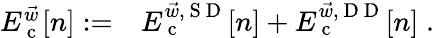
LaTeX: \begin{array}{rl}{E_{\mathrm{~c~}}^{\vec{w}}[n]:=}&{{}E_{\mathrm{~c~}}^{\vec{w},{\mathrm{~S~D~}}}[n]+E_{\mathrm{~c~}}^{\vec{w},{\mathrm{~D~D~}}}[n]\; .}\end{array}